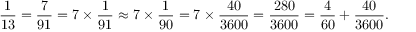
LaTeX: { \frac { 1 } { 1 3 } } = { \frac { 7 } { 9 1 } } = 7 \times { \frac { 1 } { 9 1 } } \approx 7 \times { \frac { 1 } { 9 0 } } = 7 \times { \frac { 4 0 } { 3 6 0 0 } } = { \frac { 2 8 0 } { 3 6 0 0 } } = { \frac { 4 } { 6 0 } } + { \frac { 4 0 } { 3 6 0 0 } } .